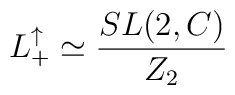
L_+^\uparrow\simeq\frac{SL(2,C)}{Z_2}